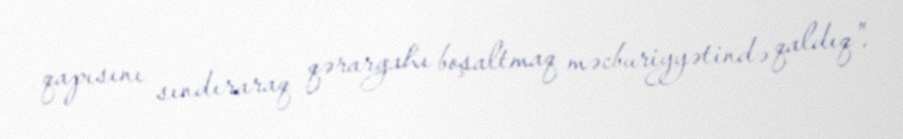
qapısını sındıraraq qərargahı boşaltmaq məcburiyyətində qaldıq".